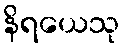
နိရယေသု